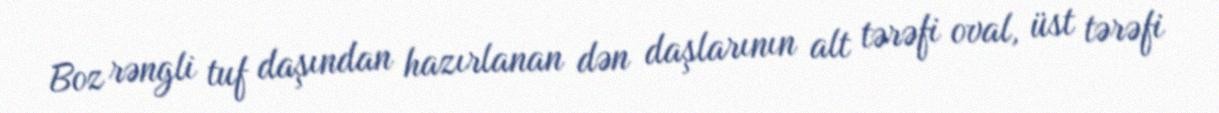
Boz rəngli tuf daşından hazırlanan dən daşlarının alt tərəfi oval, üst tərəfi